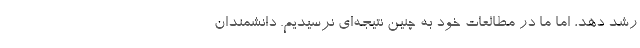
رشد دهد، اما ما در مطالعات خود به چنین نتیجه‌ای نرسیدیم. دانشمندان